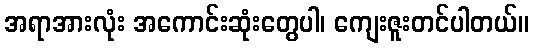
အရာအားလုံး အကောင်းဆုံးတွေပါ၊ ကျေးဇူးတင်ပါတယ်။